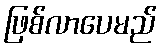
ဖြစ်လာပေမည်